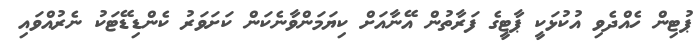
ޕުޓިން ހެއްދެވި އުކުޅަކީ ޕާޓީގެ ފަރާތުން އޭނާއަށް ކިޔަމަންވާނެކަން ކަށަވަރު ކެންޑިޑޭޓަކު ނެރުއްވައި